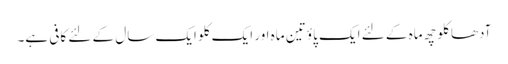
آدھا کلو چھ ماہ کے لئے ایک پاؤ تین ماہ اور ایک کلو ایک سال کے لئے کافی ہے۔